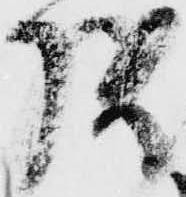
様